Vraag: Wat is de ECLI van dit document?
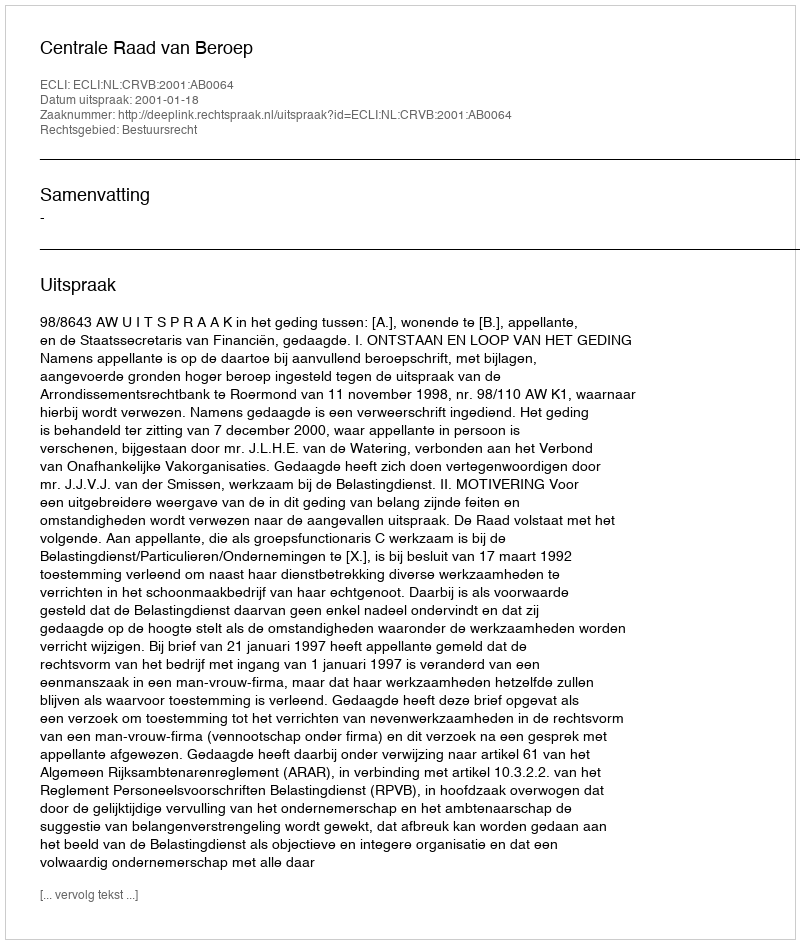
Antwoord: ECLI:NL:CRVB:2001:AB0064